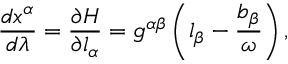
\frac { d x ^ { \alpha } } { d \lambda } = \frac { \partial H } { \partial l _ { \alpha } } = g ^ { \alpha \beta } \left( l _ { \beta } - \frac { b _ { \beta } } { \omega } \right) ,